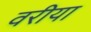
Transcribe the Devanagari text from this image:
वरीया